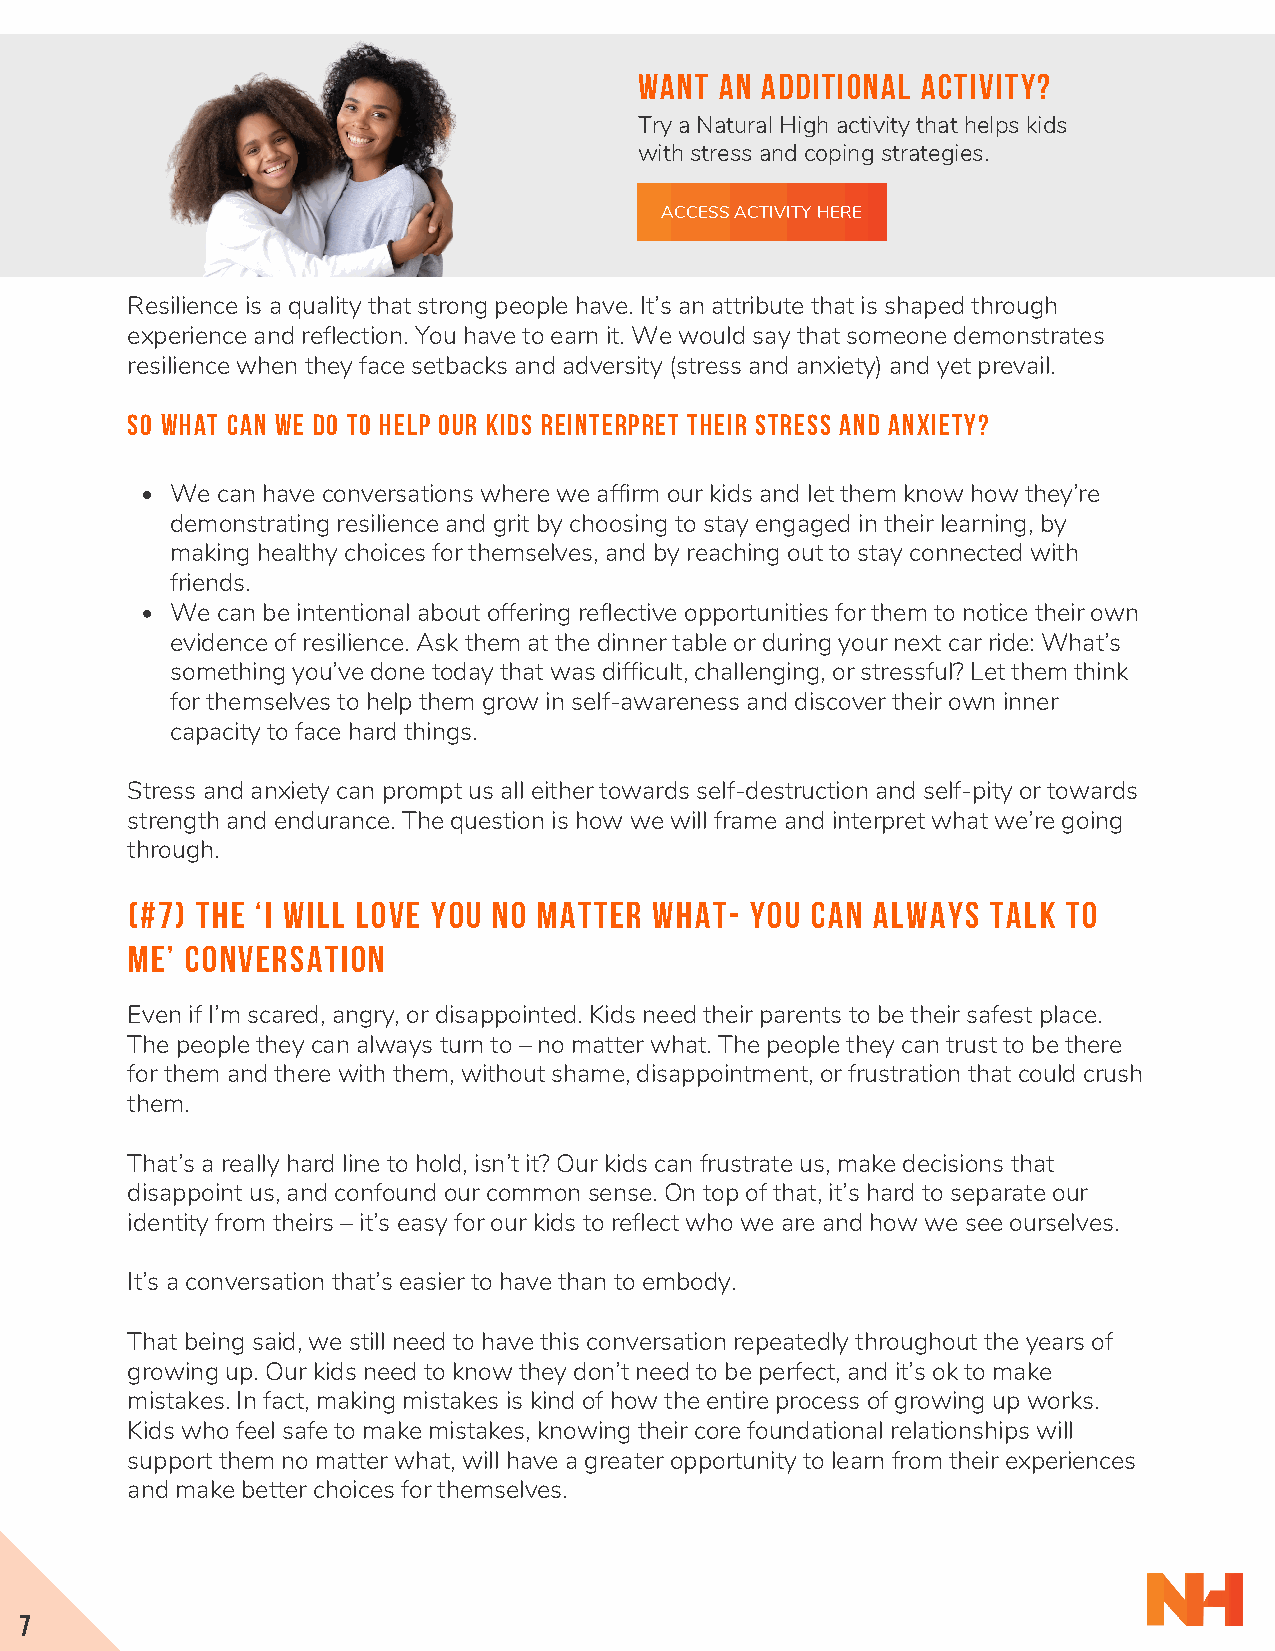
WANT  AN ADDITIONAL ACTIVITY?
 Try a Natural High activity that helps kids
 with stress and coping strategies.
 ACCESS ACTIVITY HERE
 Resilience is a quality that strong people have. It’s an attribute that is shaped through
 experience and reflection. You have to earn it. We would say that someone demonstrates
 resilience when they face setbacks and adversity (stress and anxiety) and yet prevail.
 SO WHAT CAN WE DO TO HELP OUR KIDS REINTERPRET THEIR STRESS AND ANXIETY?
 We can have conversations where we affirm our kids and let them know how they’re
 demonstrating resilience and grit by choosing to stay engaged in their learning, by
 making healthy choices for themselves, and by reaching out to stay connected with
 friends.
 We can be intentional about offering reflective opportunities for them to notice their own
 evidence of resilience. Ask them at the dinner table or during your next car ride: What’s
 something you’ve done today that was difficult, challenging, or stressful? Let them think
 for themselves to help them grow in self-awareness and discover their own inner
 capacity to face hard things.
 Stress and anxiety can prompt us all either towards self-destruction and self-pity or towards
 strength and endurance. The question is how we will frame and interpret what we’re going
 through.
 (#7) THE ‘I WILL LOVE YOU NO MATTER WHAT- YOU CAN ALWAYS  TALK TO
 ME’ CONVERSATION
 Even if I’m scared, angry, or disappointed. Kids need their parents to be their safest place.
 The people they can always turn to – no matter what. The people they can trust to be there
 for them and there with them, without shame, disappointment, or frustration that could crush
 them.
 That’s a really hard line to hold, isn’t it? Our kids can frustrate us, make decisions that
 disappoint us, and confound our common sense. On top of that, it’s hard to separate our
 identity from theirs – it’s easy for our kids to reflect who we are and how we see ourselves.
 It’s a conversation that’s easier to have than to embody.
 That being said, we still need to have this conversation repeatedly throughout the years of
 growing up. Our kids need to know they don’t need to be perfect, and it’s ok to make
 mistakes. In fact, making mistakes is kind of how the entire process of growing up works.
 Kids who feel safe to make mistakes, knowing their core foundational relationships will
 support them no matter what, will have a greater opportunity to learn from their experiences
 and make better choices for themselves.
 7